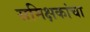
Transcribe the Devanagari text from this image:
समिक्षकांचा